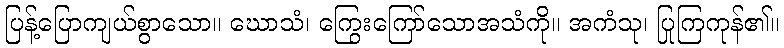
ပြန့်ပြောကျယ်စွာသော။ ဃောသံ၊ ကြွေးကြော်သောအသံကို။ အကံသု၊ ပြုကြကုန်၏။